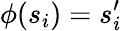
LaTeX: \phi(s_{i})=s_{i}^{\prime}